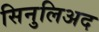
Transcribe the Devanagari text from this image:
सिनुलिअद